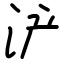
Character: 浐